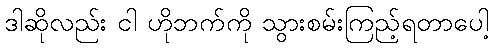
ဒါဆိုလည်း ငါ ဟိုဘက်ကို သွားစမ်းကြည့်ရတာပေါ့